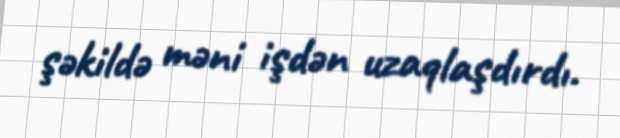
şəkildə məni işdən uzaqlaşdırdı.